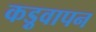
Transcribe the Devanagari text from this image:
कड़ुवापन